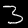
Digit: 3